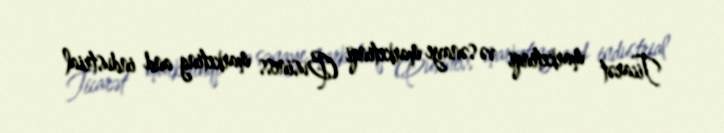
Ticarət marketinqi və sənaye marketinqi (Business marketing and industrial